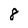
Character: 8